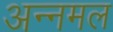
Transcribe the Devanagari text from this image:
अन्नमल